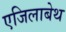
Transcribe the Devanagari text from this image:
एजिलाबेथ